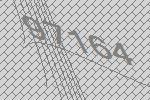
97164